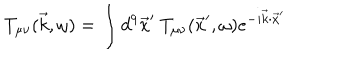
T _ { \mu \nu } ( \vec { k } , \omega ) = \int d ^ { 9 } \vec { x } ^ { \prime } ~ T _ { \mu \nu } ( \vec { x } ^ { \prime } , \omega ) e ^ { - i \vec { k } \cdot \vec { x } ^ { \prime } }